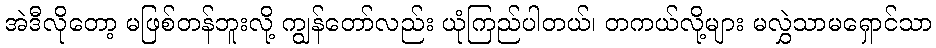
အဲဒီလိုတော့ မဖြစ်တန်ဘူးလို့ ကျွန်တော်လည်း ယုံကြည်ပါတယ်၊ တကယ်လို့များ မလွှဲသာမရှောင်သာ